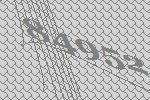
84952